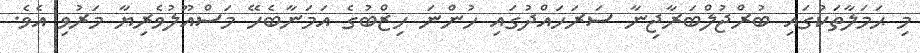
މި ޙަމަލާތަކުގައި ބުރްޖުލްބަރާޖިނާ ސަރަހައްދުގައި ހުންނަ ހިޒްބުގެ އަމަނާބެހޭ މަސްއޫލުވެރިޔާ މަރުވި އެވެ.